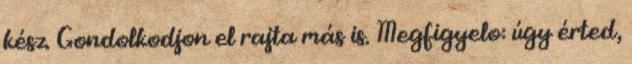
kész. Gondolkodjon el rajta más is. Megfigyelo: úgy érted,